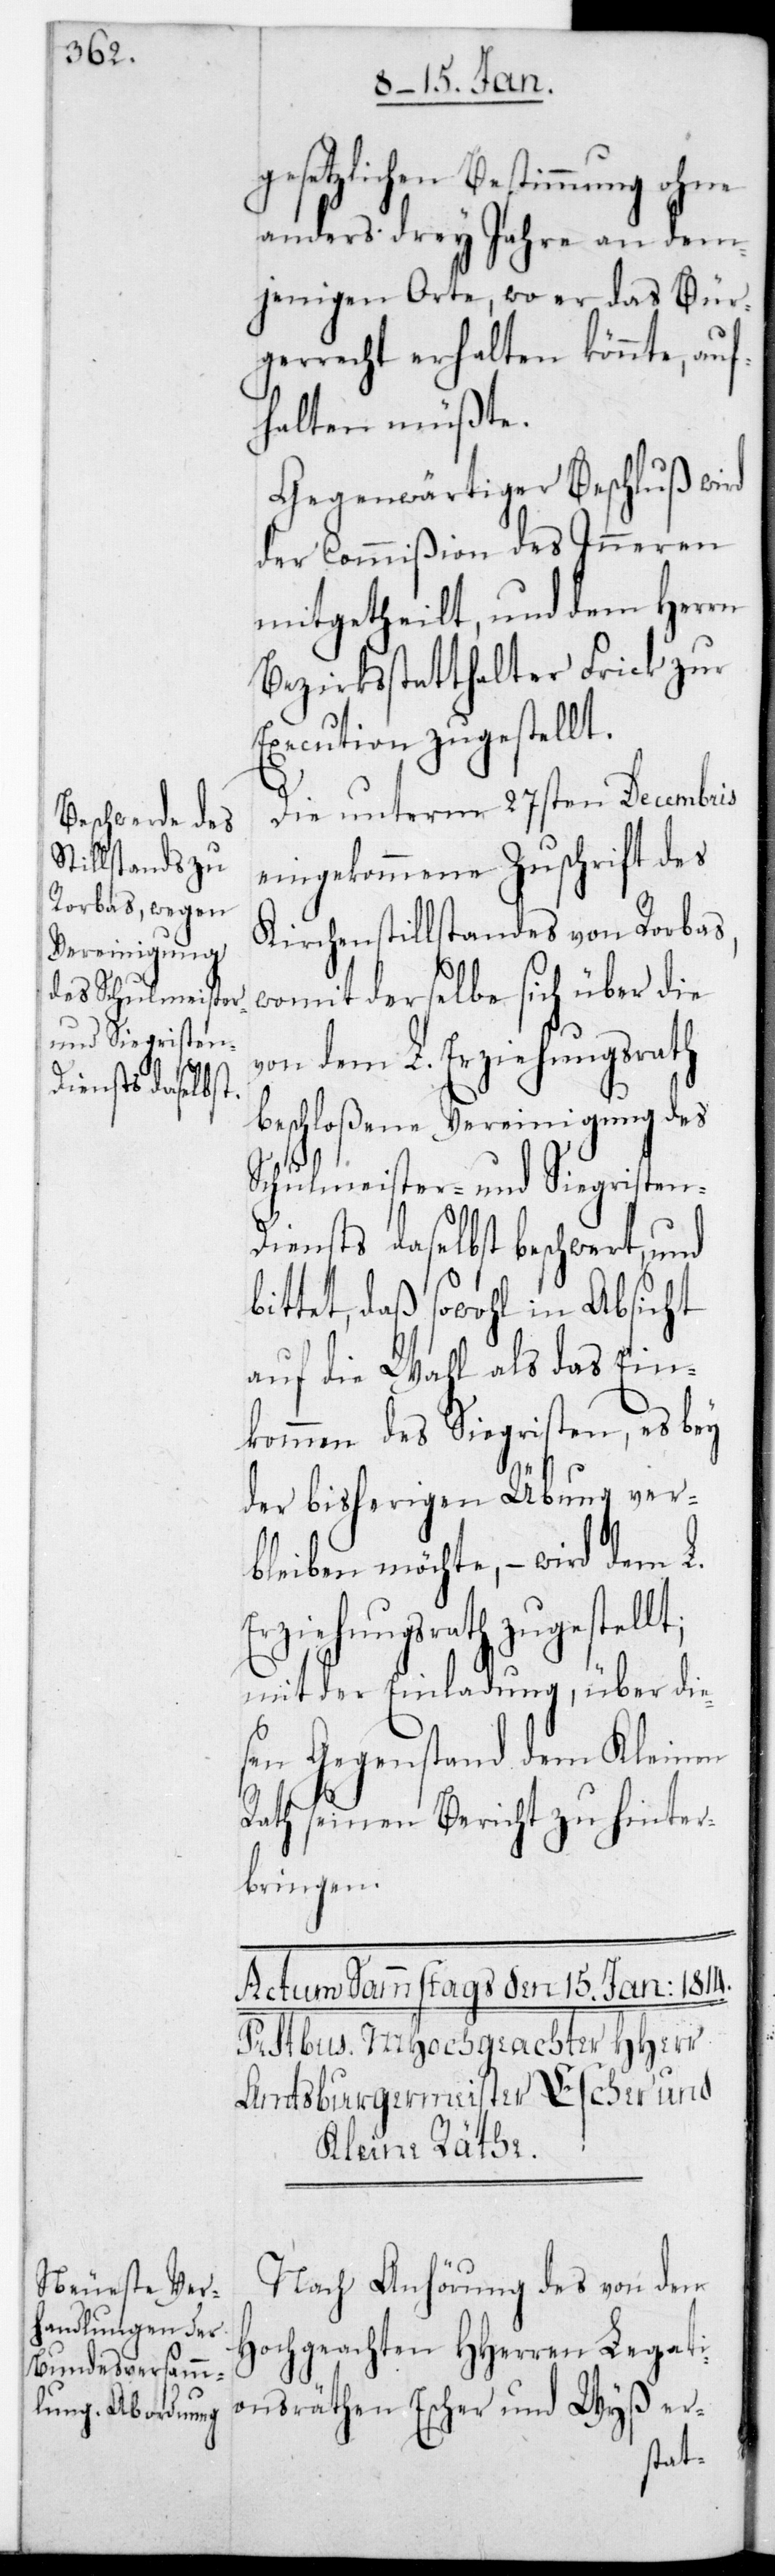
b¬

gesetzlichen Bestimmung ohne
anders drey Jahre an dem¬
jenigen Orte, wo er das Bür¬
gerrecht erhalten könnte, auf¬
halten müßte.
Gegenwärtiger Beschluß wird
der Commißion des Inneren
mitgetheilt, und dem Herrn
Bezirksstatthalter Frick zur
Execution zugestellt.
Die unterm 27sten Decembris
eingekommene Zuschrift des
Kirchenstillstandes von Rorbas,
womit derselbe sich über die
von dem L. Erziehungsrath
eschloßene Vereinigung des
Schulmeister- und Sigristen¬
diensts daselbst beschwert, und
bittet, daß sowohl in Absicht
auf die Wahl als das Ein¬
kommen des Sigristen, es bey
der bisherigen Übung ver¬
bleiben möchte, – wird dem L.
Erziehungsrath zugestellt;
mit der Einladung, über die¬
sen Gegenstand dem Kleinen
Rath seinen Bericht zu hinter¬
bringen.
Nach Anhörung des von den
Hochgeachten HHerren Legati¬
onsräthen Escher und Wyß er-